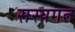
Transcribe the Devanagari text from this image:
सस्यगत